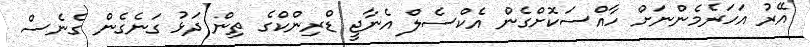
އޭރު އަހަރެމެންނަށް ހާއްސަކޮށްގެން އެކްސެލް އެނާޖީ ޑްރިންކްގެ ތިން ދަޅު ގަނެގެން ގެނެސް